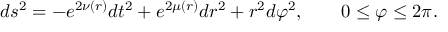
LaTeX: d s ^ { 2 } = - e ^ { 2 \nu ( r ) } d t ^ { 2 } + e ^ { 2 \mu ( r ) } d r ^ { 2 } + r ^ { 2 } d \varphi ^ { 2 } , \quad \quad 0 \leq \varphi \leq 2 \pi .